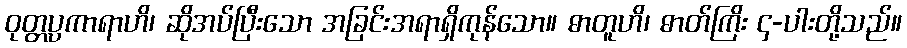
ဝုတ္တပ္ပကာရာဟိ၊ ဆိုအပ်ပြီးသော အခြင်းအရာရှိကုန်သော။ ဓာတူဟိ၊ ဓာတ်ကြိး ၄-ပါးတို့သည်။